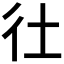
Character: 𢓂